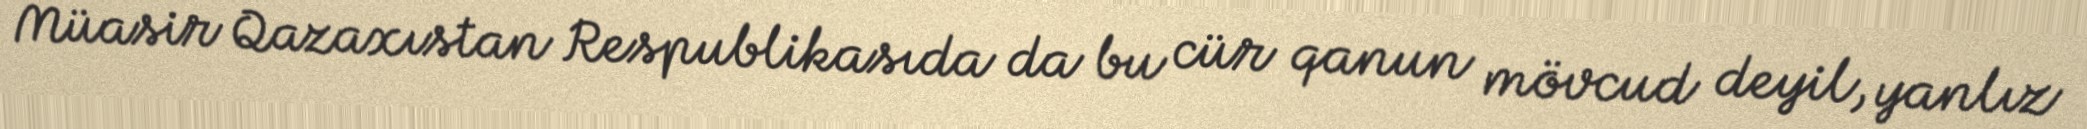
Müasir Qazaxıstan Respublikasıda da bu cür qanun mövcud deyil, yanlız